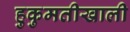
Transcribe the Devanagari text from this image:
हुकुमतीखाली